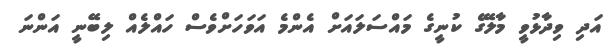
އަދި ވިދާޅުވީ މާލޭގެ ކުނީގެ މައްސަލައަށް އެންމެ އަވަހަށްވެސް ހައްލެއް ލިބޭނީ އަންނަ